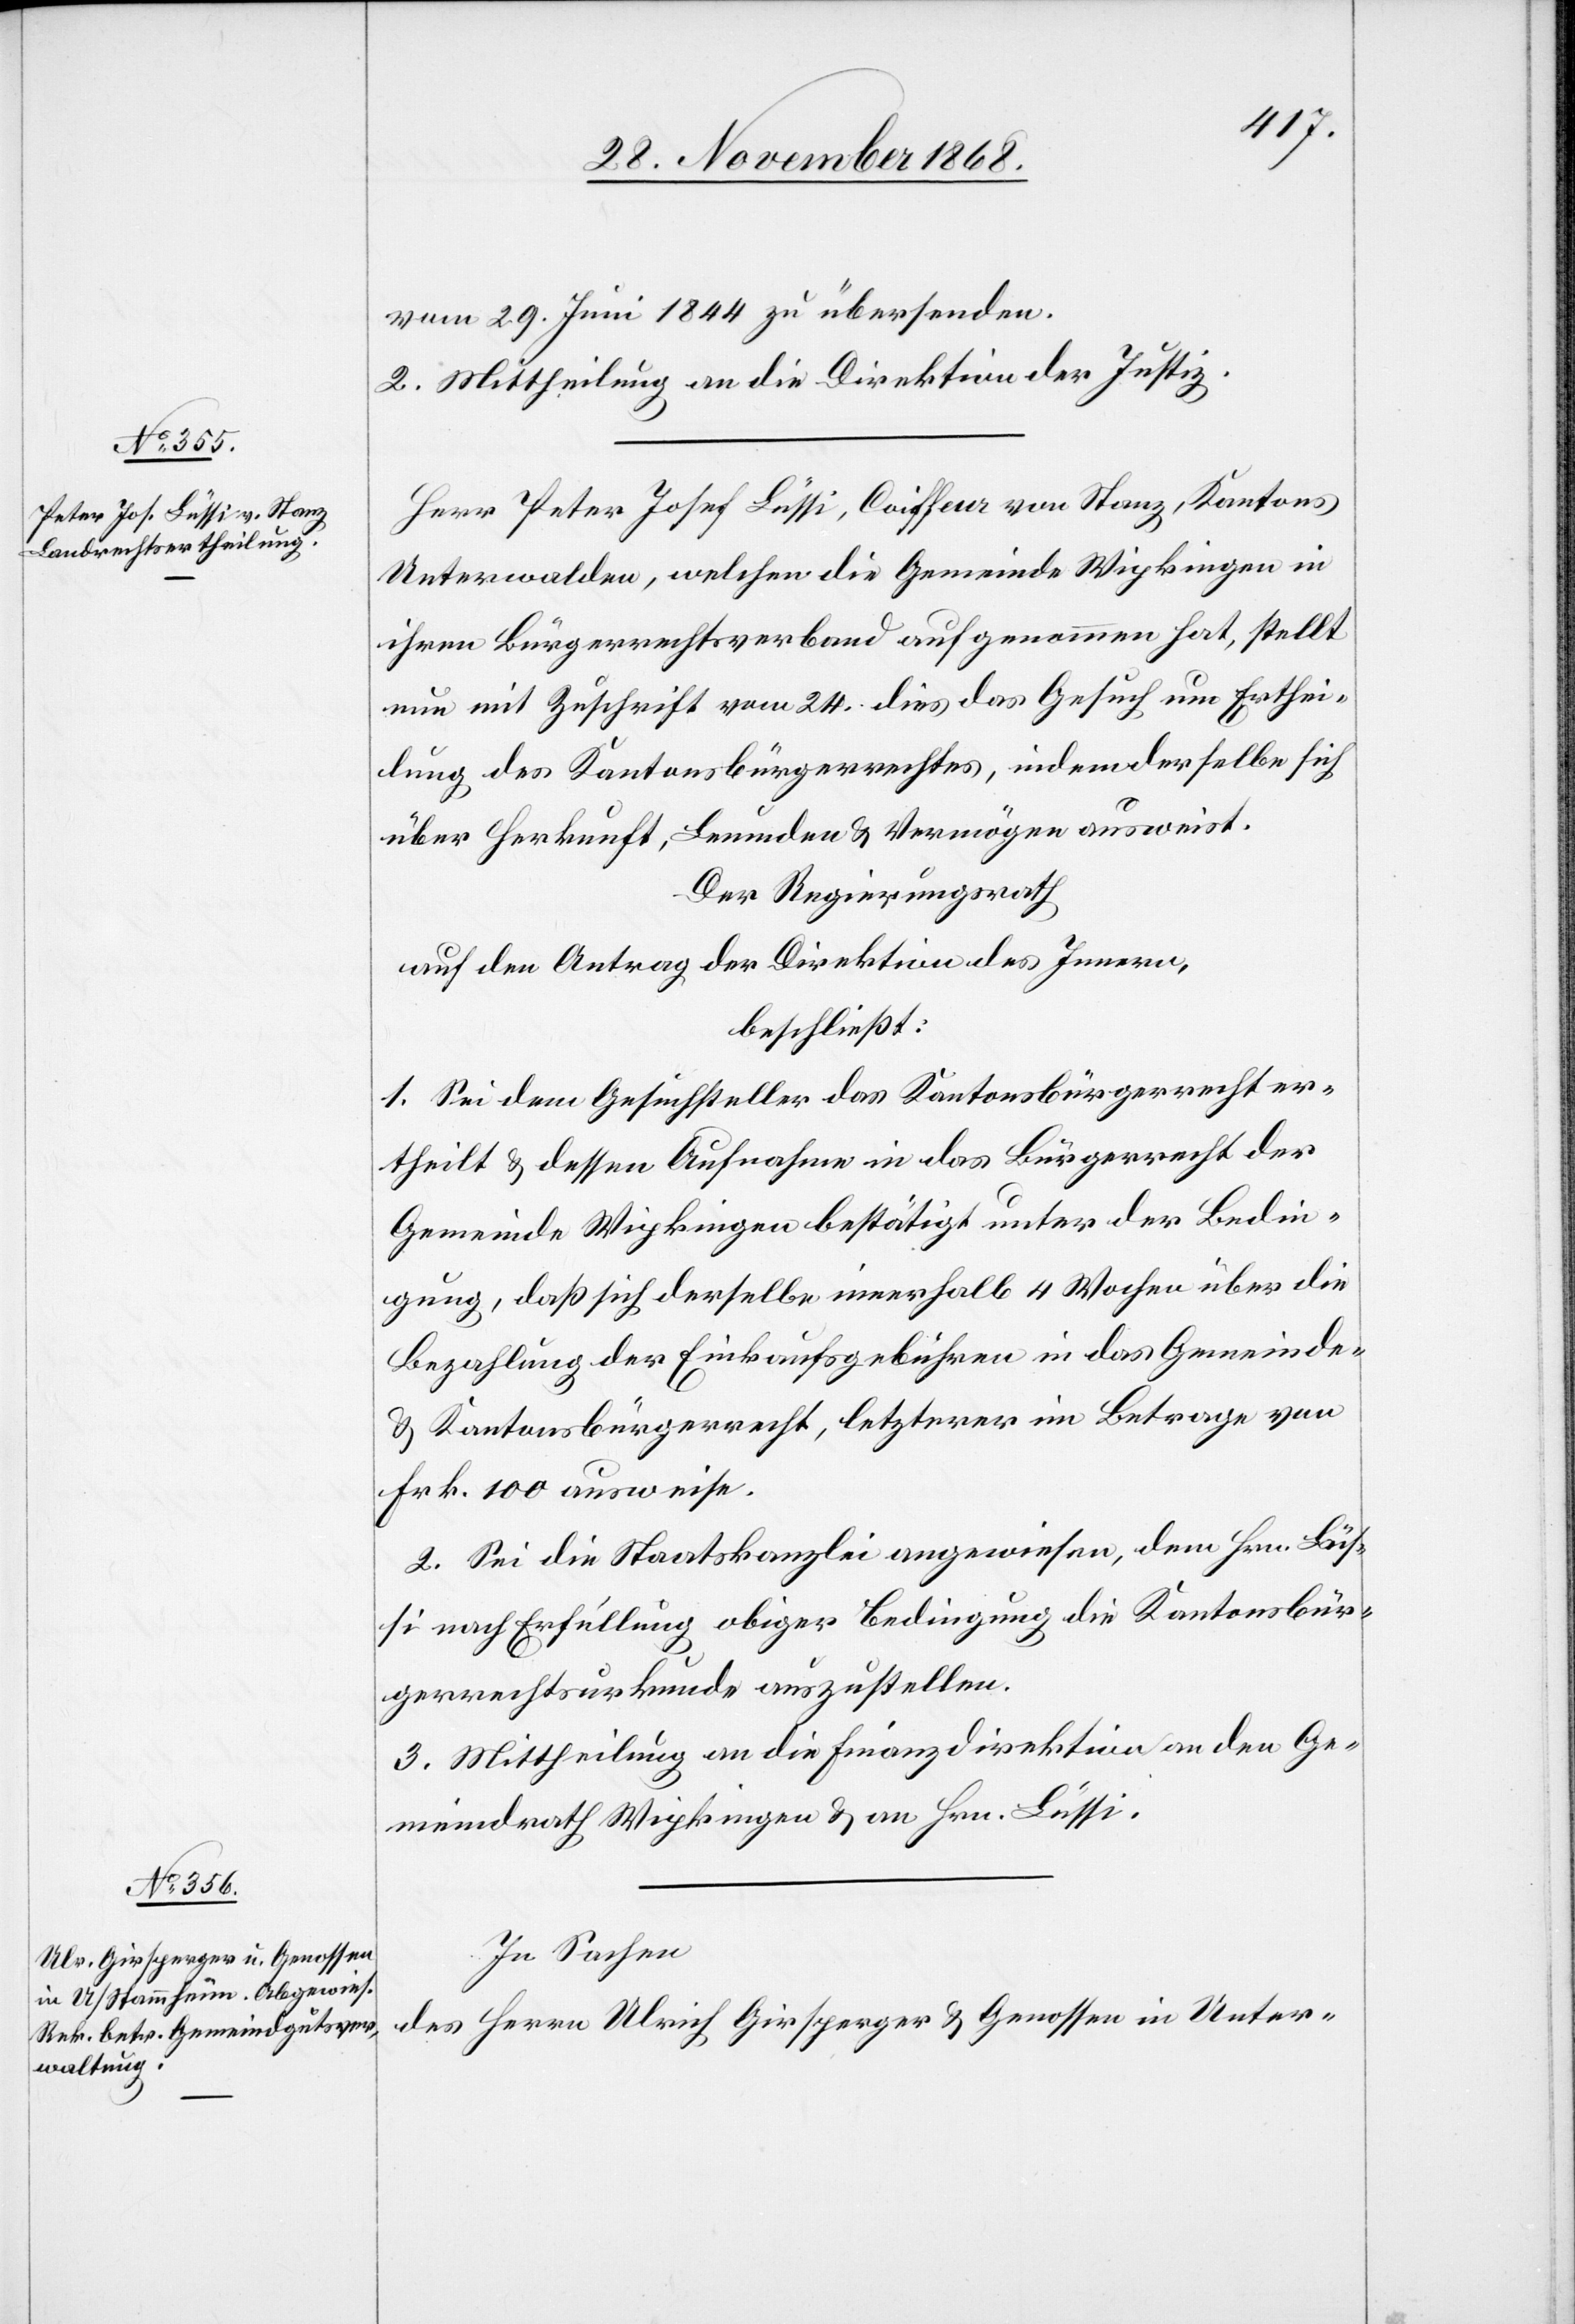
vom 29. Juni 1844 zu übersenden.
2. Mittheilung an die Direktion der Justiz.
Herr Peter Josef Lüssi, Coiffeur von Stanz, Kantons
Unterwalden, welchen die Gemeinde Wipkingen in
ihren Bürgerrechtsverband aufgenommen hat, stellt
nun mit Zuschrift vom 24. dies das Gesuch um Erthei¬
lung des Kantonsbürgerrechtes, indem derselbe sich
über Herkunft, Leumden & Vermögen ausweist.
Der Regierungsrath
auf den Antrag der Direktion des Innern,
beschließt:
1. Sei dem Gesuchsteller das Kantonsbürgerrecht er¬
theilt & dessen Aufnahme in das Bürgerrecht der
Gemeinde Wipkingen bestätigt unter der Bedin¬
gung, daß sich derselbe innerhalb 4 Wochen über die
Bezahlung der Einkaufsgebühren in das Gemeinde-
& Kantonsbürgerrecht, letzterer im Betrage von
Frk. 100 ausweise.
2. Sei die Staatskanzlei angewiesen, dem Hrn. Lüs¬
si nach Erfüllung obiger Bedingung die Kantonsbür¬
gerrechtsurkunde auszustellen.
3. Mittheilung an die Finanzdirektion[,] an den Ge¬
meindrath Wipkingen & an Hrn. Lüssi.
In Sachen
des Herrn Ulrich Girsperger & Genossen in Unter-